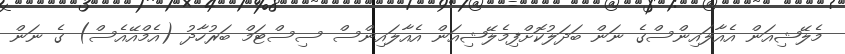
މެލޭޝިއަން އެއާލައިންސްގެ ނަން ބަދަލުކޮށްފިމެލޭޝިއަން އެއާލައިންސް ސިސްޓަމް ބަރުހާދު (އެމްއޭއެސް) ގެ ނަން